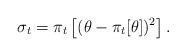
LaTeX: \begin{align*}\sigma_t = \pi_t \left[(\theta - \pi_t[\theta])^2 \right] .\end{align*}